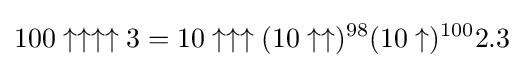
100\uparrow \uparrow \uparrow \uparrow 3=10\uparrow \uparrow \uparrow (10\uparrow \uparrow )^{98}(10\uparrow )^{100}2.3